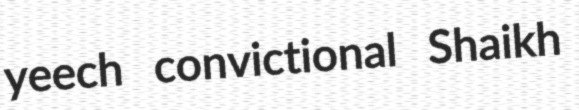
yeech convictional Shaikh